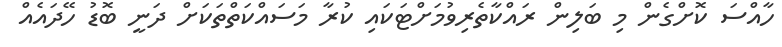
ހާއްސަ ކޮށްގެން މި ބަލިން ރައްކާތެރިވުމަށްޓަކައި ކުރާ މަސައްކަތްތަކަށް ދަނީ ބޮޑު ހޭދައެއް